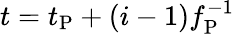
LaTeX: t=t_{\mathrm{P}}+(i-1)f_{\mathrm{P}}^{-1}